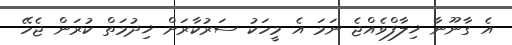
އެ ގާނޫނާ ޚިލާފްވެއްޖެ ނަމަ އެ މީހަކު ސަރުކާރަށް ޚިދުމަތް ކުރަން ޖެހޭ